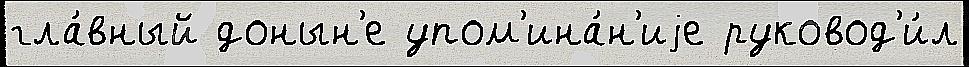
гла́вный донын'е упом'ина́н'иjе руковод'и́л